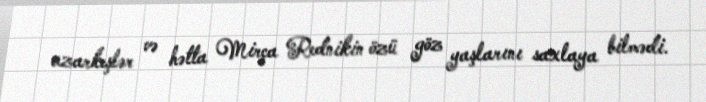
azarkeşlər və hətta Mirça Rednikin özü göz yaşlarını saxlaya bilmədi.